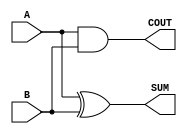
module Parameterized_Half_Adder #(
    parameter WIDTH = 1  // Default bit-width is set to 1
)(
    input  [WIDTH-1:0] A,  // First operand
    input  [WIDTH-1:0] B,  // Second operand
    output [WIDTH-1:0] SUM, // Sum output
    output COUT            // Carry-out output
);

    // Generate the SUM and COUT outputs
    assign SUM = A ^ B;          // Bitwise XOR for SUM
    assign COUT = |(A & B);      // OR reduction on AND of A and B for carry-out

endmodule